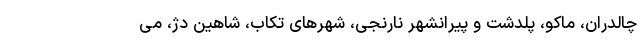
چالدران، ماکو، پلدشت و پیرانشهر نارنجی، شهرهای تکاب، شاهین دژ، می